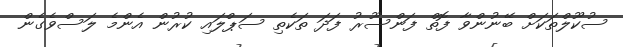
ސުކޫލްތަކަށް ބޭނުންވާ ފޮތް ފަންސޫރު ފަދަ ތަކެތި ސަޕްލައި ކުރުން އެންމެ ލަސްވެގެން